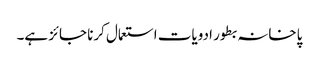
پاخانہ بطور ادویات استعمال کرنا جائز ہے۔